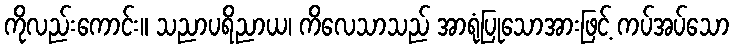
ကိုလည်းကောင်း။ သညာပရိညာယ၊ ကိလေသာသည် အာရုံပြုသောအားဖြင့် ကပ်အပ်သော